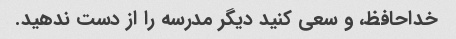
خداحافظ، و سعی کنید دیگر مدرسه را از دست ندهید.